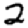
Digit: 2